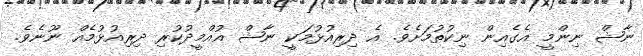
ނާޝް ނިންމީ އެގެއިން ނިކުތުމަށެވެ. އެ ދިރިއުޅުމަކީ ނާޝް އުއްމީދުކުރި ދިރިއުޅުމެއް ނޫނެވެ.